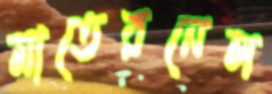
মাতেরনেল